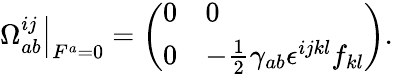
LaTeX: \left.\Omega_{ab}^{ij}\right|_{F^{a}=0}=\left(\begin{array}{ll}{{0}}&{{0}}\\ {{0}}&{{-\frac{1}{2}\gamma_{ab}\epsilon^{ijkl}f_{kl}}}\end{array}\right).